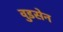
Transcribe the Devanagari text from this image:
वुडसेन